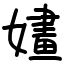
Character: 嫿